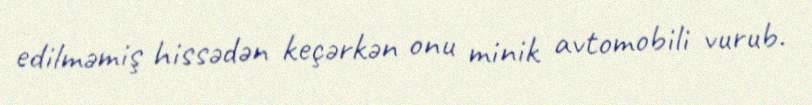
edilməmiş hissədən keçərkən onu minik avtomobili vurub.